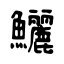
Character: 鱺